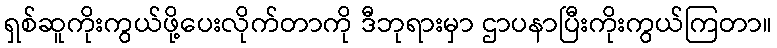
ရှစ်ဆူကိုးကွယ်ဖို့ပေးလိုက်တာကို ဒီဘုရားမှာ ဌာပနာပြီးကိုးကွယ်ကြတာ။